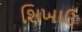
શિખાઉ